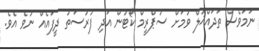
ނަމަވެސް ތަދައްޚުލް ވުމަށް ސުޕްރީމް ކޯޓުން އަދި ފުރުސަތު ދީފައެއް ނުވެ އެވެ.